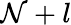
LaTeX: \mathcal{N}+l